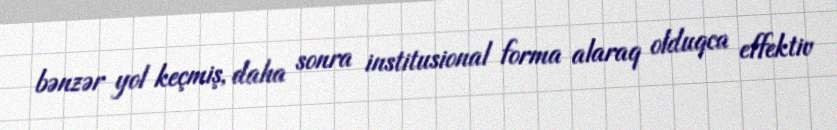
bənzər yol keçmiş, daha sonra institusional forma alaraq olduqca effektiv